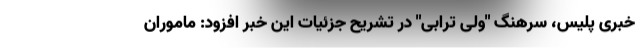
خبری پلیس، سرهنگ "ولی ترابی" در تشریح جزئیات این خبر افزود: ماموران